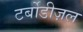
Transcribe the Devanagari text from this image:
टर्बोडीज़ल